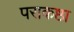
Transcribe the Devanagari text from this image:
पराकष्ठा